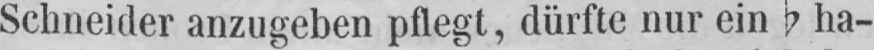
Schneider anzugeben pflegt, dürfte nur ein b ha-